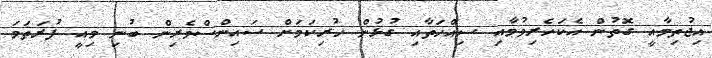
އިޖުތިމާއީ ގޮތުން އެކަހެރިވުމާއި ސިއްހަތާއި ގުޅުން ހުރިކަމަށް ސައިންސްވެރިން ބުނި މިއީ ފުރަތަމަ